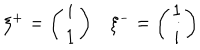
\begin{array} { c c } { { \xi ^ { + } = \left( \begin{array} { c } { { i } } \\ { { 1 } } \\ \end{array} \right) } } & { { \xi ^ { - } = \left( \begin{array} { c } { { 1 } } \\ { { i } } \\ \end{array} \right) } } \\ \end{array}